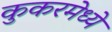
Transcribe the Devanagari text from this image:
कुकरमेध्ये